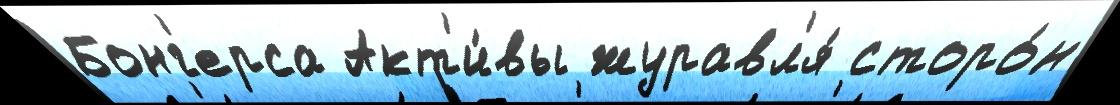
Бонг'ерса Акт'и́вы журавл'я́ сторо́н